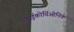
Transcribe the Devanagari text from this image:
डाईकोर्यिओनिक